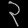
Digit: ၃